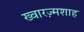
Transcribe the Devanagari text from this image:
ख्वारज़्मशाह